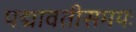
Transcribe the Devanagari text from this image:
पद्मावतीसमयः